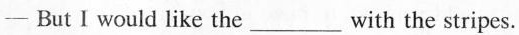
-But I would like the___with the stripes.